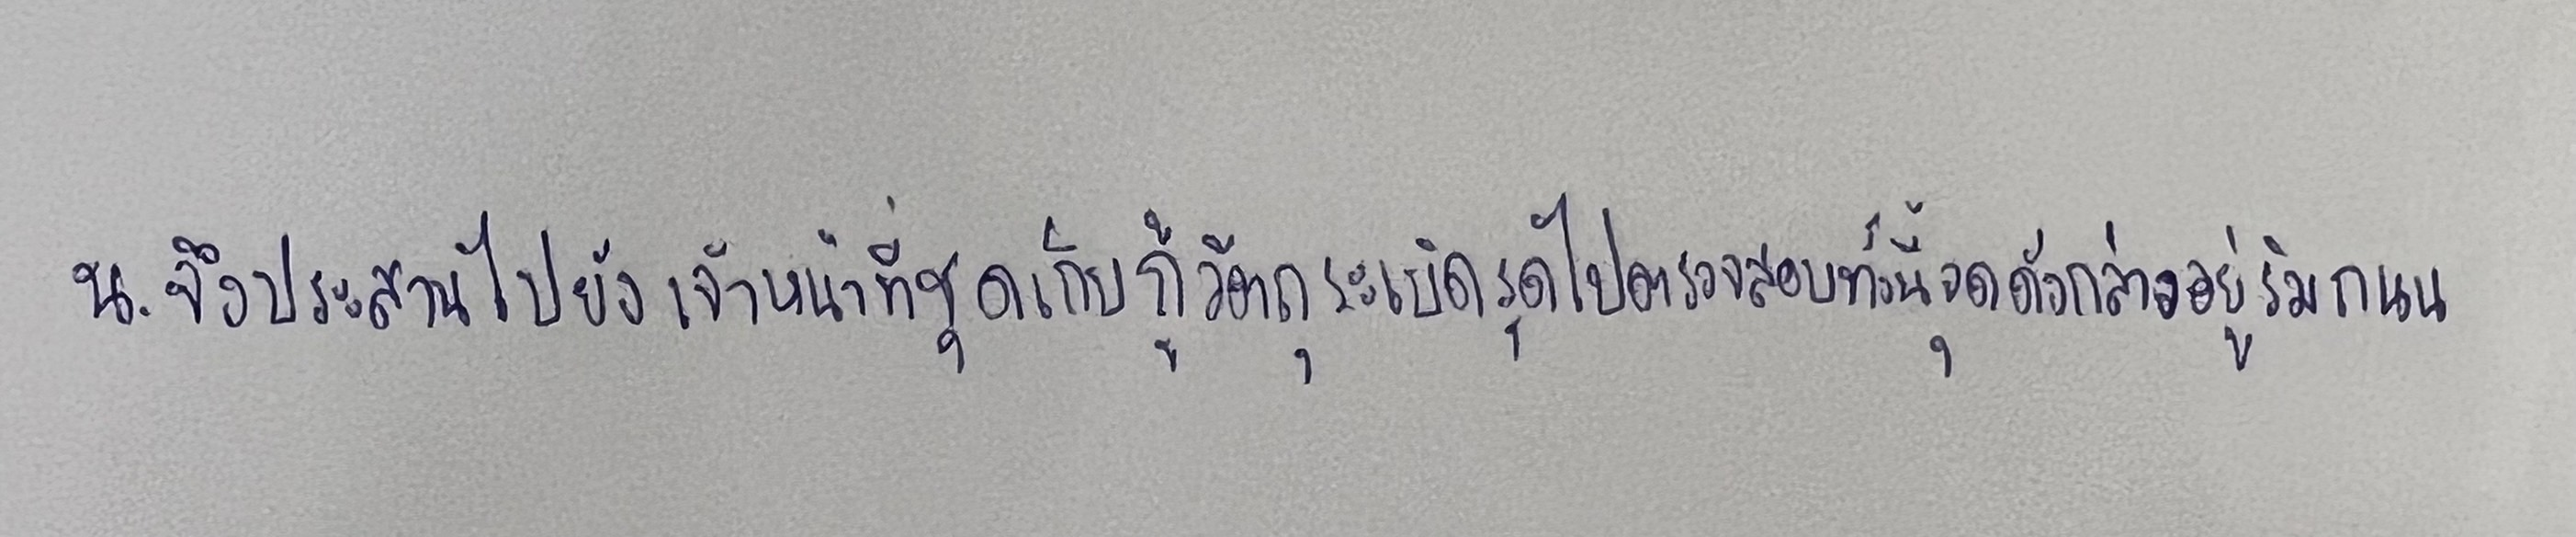
น.จึงประสานไปยังเจ้าหน้าที่ชุดเก็บกู้วัตถุระเบิดรุดไปตรวจสอบทั้งนี้จุดดังกล่าวอยู่ริมถนน